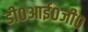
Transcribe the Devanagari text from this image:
डी०आई०जी०